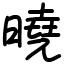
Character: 曉